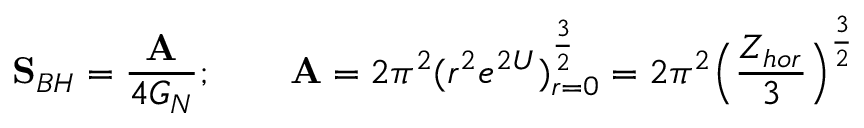
{ \bf S } _ { B H } = { \frac { \bf A } { 4 G _ { N } } } ; \qquad { \bf A } = 2 \pi ^ { 2 } ( r ^ { 2 } e ^ { 2 U } ) _ { r = 0 } ^ { \frac { 3 } { 2 } } = 2 \pi ^ { 2 } \Big ( { \frac { Z _ { h o r } } { 3 } } \Big ) ^ { \frac { 3 } { 2 } }